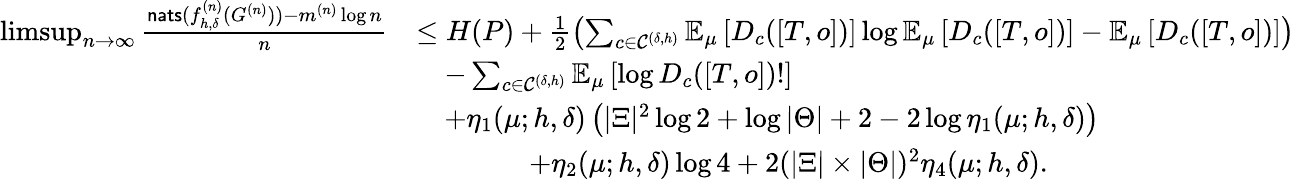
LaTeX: \begin{array}{rl}{\operatorname*{limsup}_{n\rightarrow\infty}\frac{\mathsf{nats}(f_{h,\delta}^{(n)}(G^{(n)}))-m^{(n)}\log n}{n}}&{\leq H(P)+\frac{1}{2}\left(\sum_{c\in\mathcal{C}^{(\delta,h)}}\mathbb{E}_{\mu}\left[D_{c}([T,o])\right]\log\mathbb{E}_{\mu}\left[D_{c}([T,o])\right]-\mathbb{E}_{\mu}\left[D_{c}([T,o])\right]\right)}\\ &{\quad-\sum_{c\in\mathcal{C}^{(\delta,h)}}\mathbb{E}_{\mu}\left[\log D_{c}([T,o])!\right]}\\ &{\quad+\eta_{1}(\mu;h,\delta)\left(|\Xi|^{2}\log 2+\log|\Theta|+2-2\log\eta_{1}(\mu;h,\delta)\right)}\\ &{\qquad\qquad+\eta_{2}(\mu;h,\delta)\log 4+2(|\Xi|\times|\Theta|)^{2}\eta_{4}(\mu;h,\delta).}\end{array}